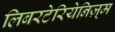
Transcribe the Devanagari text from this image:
लिबरटेरियेनिज़्म